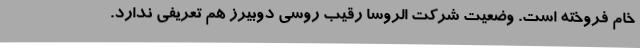
خام فروخته است. وضعیت شرکت الروسا رقیب روسی دوبیرز هم تعریفی ندارد.